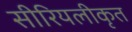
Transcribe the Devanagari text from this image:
सीरियलीकृत